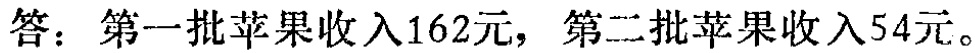
答：第一批苹果收入162元，第二批苹果收入54元。